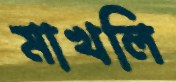
মাখলি